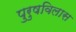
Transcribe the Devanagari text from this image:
पुरुषविलास